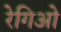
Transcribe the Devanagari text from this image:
रेगिओ